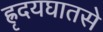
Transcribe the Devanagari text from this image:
ह्रृदयघातसे